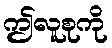
ဤလူစုကို